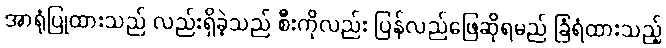
အာရုံပြုထားသည် လည်းရှိခဲ့သည် စီးကိုလည်း ပြန်လည်ဖြေဆိုရမည် ခြံရံထားသည့်